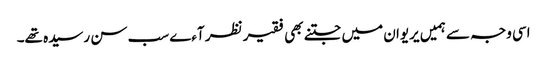
اسی وجہ سے ہمیں یریوان میں جتنے بھی فقیر نظر آءے سب سن رسیدہ تھے۔